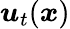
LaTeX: {\boldsymbol u}_{t}(\boldsymbol{x})